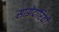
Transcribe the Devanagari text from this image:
साझेदारियाँ